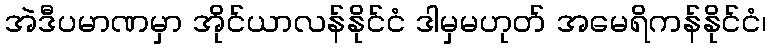
အဲဒီပမာဏမှာ အိုင်ယာလန်နိုင်ငံ ဒါမှမဟုတ် အမေရိကန်နိုင်ငံ၊